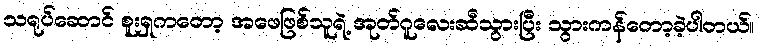
သရုပ်ဆောင် စူးရှကတော့ အဖေဖြစ်သူရဲ့ အုတ်ဂူလေးဆီသွားပြီး သွားကန်တော့ခဲ့ပါတယ်။